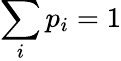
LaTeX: \sum_{i}p_{i}=1